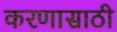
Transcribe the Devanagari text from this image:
करणासाठी